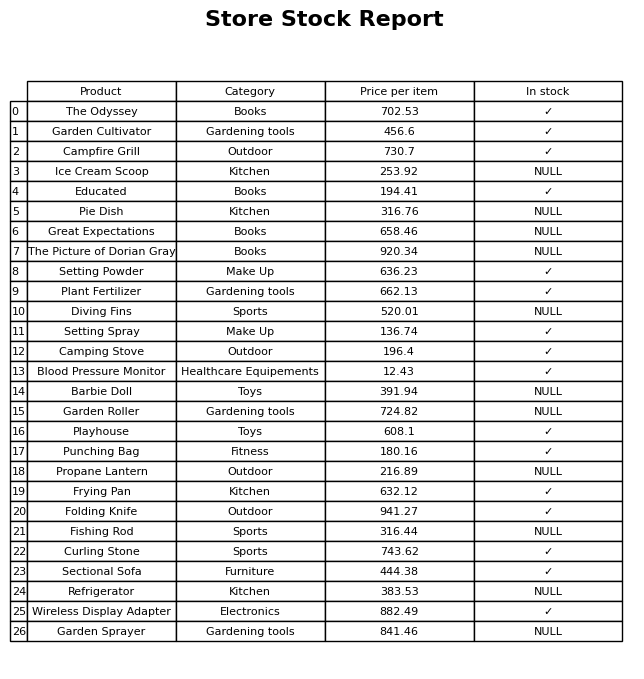
question: What is the price for The Picture of Dorian Gray?
answer: The price of The Picture of Dorian Gray is 920.34.